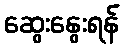
ဆွေးနွေးရန်